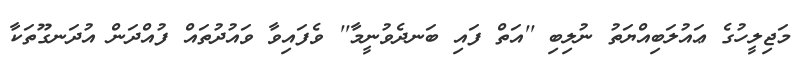
މަޖިލީހުގެ ޢައުލަބިއްޔަތު ނުލިބި ''އަތް ފައި ބަނދެވުނީމާ'' ވެފައިވާ ވައުދުތައް ފުއްދަން އުދަނގޫތަކާ